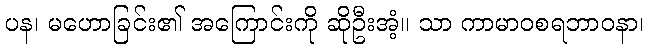
ပန၊ မဟောခြင်း၏ အကြောင်းကို ဆိုဦးအံ့။ သာ ကာမာဝစရဘာဝနာ၊